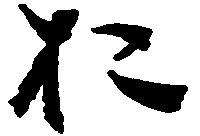
お